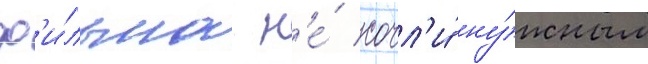
ф'и́льма н'е́ сочл'и́ ну́жным